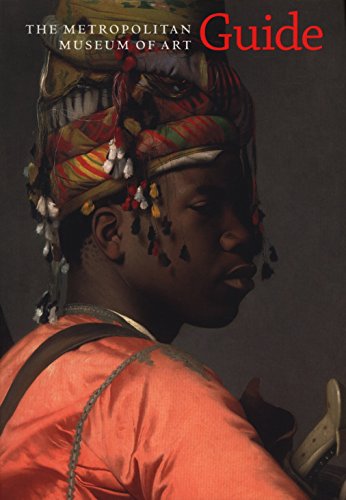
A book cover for The Metropolitan Museum of Art Guide; Thomas P. Campbell; Reference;